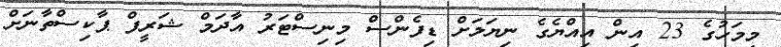
މިމަހުގެ 23 އިން އިއްޔެގެ ނިޔަލަށް ޑިފެންސް މިނިސްޓަރު އާދަމް ޝަރީފް ޕާކިސްތާނަށް